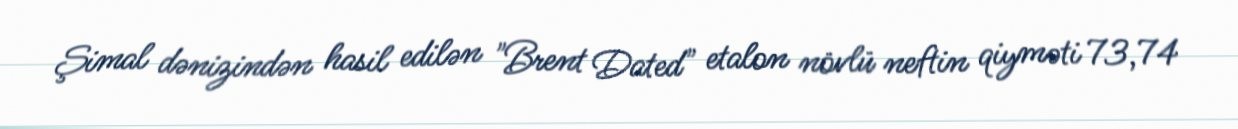
Şimal dənizindən hasil edilən "Brent Dated" etalon növlü neftin qiyməti 73,74